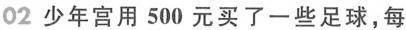
02少年宫用500元买了一些足球，每